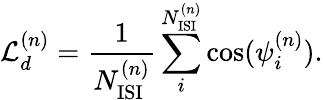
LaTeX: {\cal L}_{d}^{(n)}={\frac{1}{N_{\mathrm{ISI}}^{(n)}}}\sum_{i}^{N_{\mathrm{ISI}}^{(n)}}\cos(\psi_{i}^{(n)}).